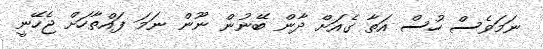
ނަމަވެސް ހުސް އަތާ ގެއަށް ދާން ބޭނުން ނޫން ނަމަ ފައްތާހަށް ޖެހޭނީ